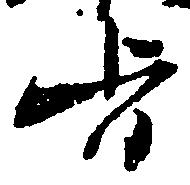
旨